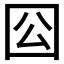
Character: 𡆾